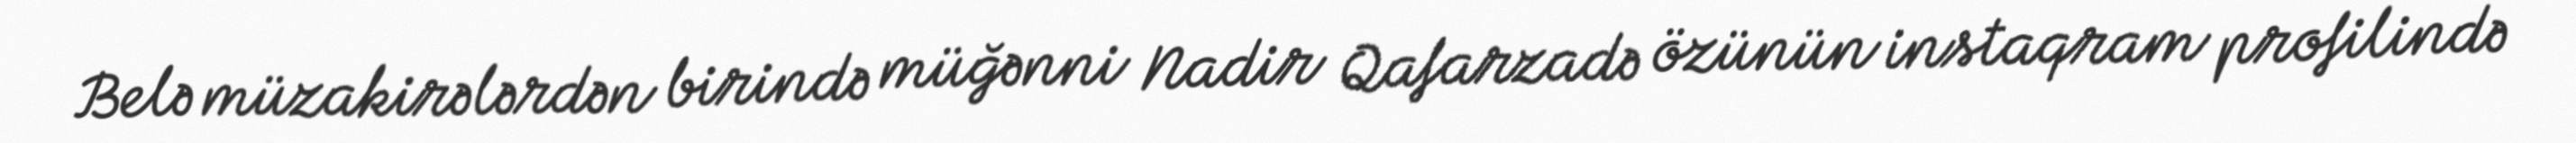
Belə müzakirələrdən birində müğənni Nadir Qafarzadə özünün instaqram profilində